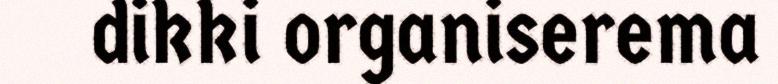
dikki organiserema